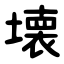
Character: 壊